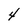
Character: 4